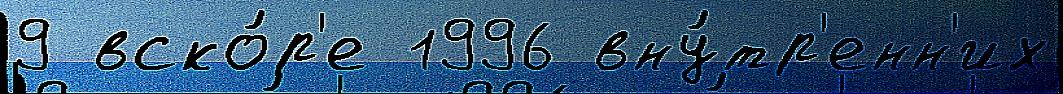
9 вско́р'е 1996 вну́тр'енн'их